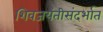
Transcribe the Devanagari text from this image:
शिवजयंतीसंदर्भात